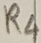
Text: R4